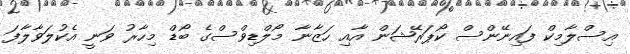
އިސްލާމިކް ފައިނޭންސް ކޯޕަރޭޝަން އާއި ހަޒާނާ މޯލްޑިވްސްގެ ބޯޑް މިހާރު ވަނީ އެކުލަވާލާފަ